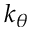
k _ { \theta }